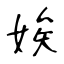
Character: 娭